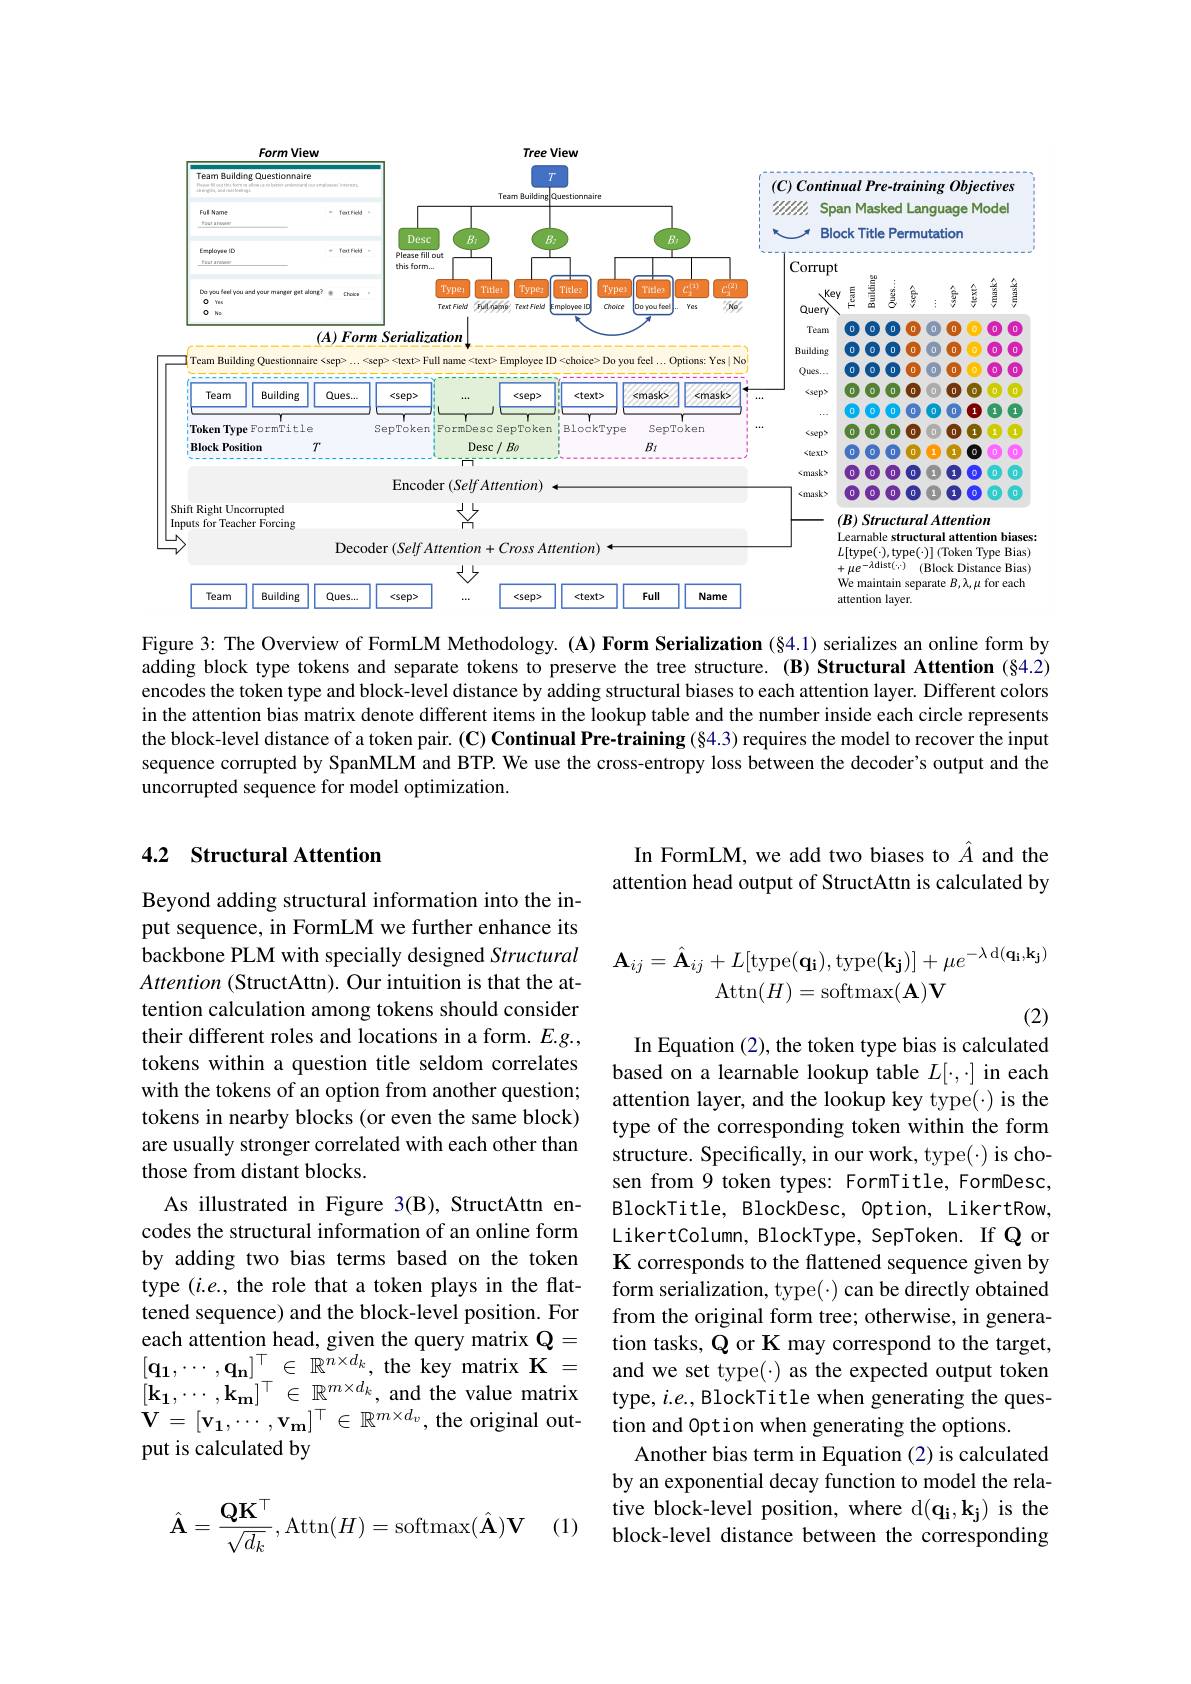
<FigureHere>

Figure 3: The Overview of FormLM Methodology. (A) Form Serialization (§4.1) serializes an online form by adding block type tokens and separate tokens to preserve the tree structure. (B) Structural Attention (§4.2) encodes the token type and block-level distance by adding structural biases to each attention layer. Different colors in the attention bias matrix denote different items in the lookup table and the number inside each circle represents the block-level distance of a token pair. (C) Continual Pre-training (§4.3) requires the model to recover the input sequence corrupted by SpanMLM and BTP. We use the cross-entropy loss between the decoder's output and the uncorrupted sequence for model optimization.

## 4.2 Structural Attention

In FormLM, we add two biases to $\hat{A}$ and the attention head output of StructAttn is calculated by
$$\mathbf{A}_{ij}=\hat{\mathbf{A}}_{ij}+L[\mathrm{type}(\mathbf{q_{i}}),\mathrm{type}(\mathbf{k_{j}})]+\mu e^{-\lambda\:\mathrm{d}(\mathbf{q_{i}},\mathbf{k_{j}})}\\\mathrm{Attn}(H)=\mathrm{softmax}(\mathbf{A})\mathbf{V}$$
In Equation (2), the token type bias is calculated

Beyond adding structural information into the input sequence, in FormLM we further enhance its backbone PLM with specially designed Structural Attention (StructAttn). Our intuition is that the attention calculation among tokens should consider their different roles and locations in a form. $E.g.$, tokens within a question title seldom correlates with the tokens of an option from another question; tokens in nearby blocks (or even the same block) are usually stronger correlated with each other than those from distant blocks.
As illustrated in Figure 3(B), StructAttn encodes the structural information of an online form by adding two bias terms based on the token type $(i.e.$, the role that a token plays in the flattened sequence) and the block-level position. For each attention head, given the query matrix $\mathbf{Q}=$ $[\mathbf{q_{1}},\cdots,\mathbf{q_{n}}]^{\top}\in\mathbb{R}^{n\times d_{k}}$,the key matrix K= $[ \mathbf{k_1} , \cdots , \mathbf{k_m} ] ^{\top }\in \mathbb{R} ^{m\times d_k}$,and the value matrixtype, $ie$,BlockTitle when generating the ques- $\mathbf{V} = [ \mathbf{v_1} , \cdots , \mathbf{v_m} ] ^{\top }\in \mathbb{R} ^{m\times d_v}$,the original out- tion and Option when generating the options.
put is calculated by

based on a learnable lookup table $L[\cdot,\cdot]$ in each attention layer, and the lookup key type(\cdot) is the type of the corresponding token within the form structure. Specifically, in our work, type(·) is chosen from 9 token types: FormTitle, FormDesc, BlockTitle, BlockDesc, Option, LikertRow, LikertColumn, BlockType, SepToken. If Q or K corresponds to the flattened sequence given by form serialization, type(·) can be directly obtained from the original form tree; otherwise, in generation tasks, $\bar{\mathbb{Q}}$ or K may correspond to the target, and we set type(·) as the expected output token
Another bias term in Equation (2) is calculated by an exponential decay function to model the relative block-level position, where d(qi,kj) is the block-level distance between the corresponding
$$\hat{\mathbf{A}}=\frac{\mathbf{QK}^\top}{\sqrt{d_k}},\mathrm{Attn}(H)=\mathrm{softmax}(\hat{\mathbf{A}})\mathbf{V}$$
(1)